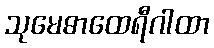
သုမေဓာထေရီဂါထာ